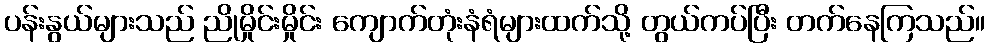
ပန်းနွယ်များသည် ညိုမှိုင်းမှိုင်း ကျောက်တုံးနံရံများထက်သို့ တွယ်ကပ်ပြီး တက်နေကြသည်။